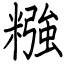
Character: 糨